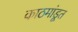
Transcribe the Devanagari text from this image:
काठमांडूत